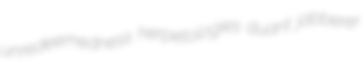
unredeemedness herpetologies duant jabberer